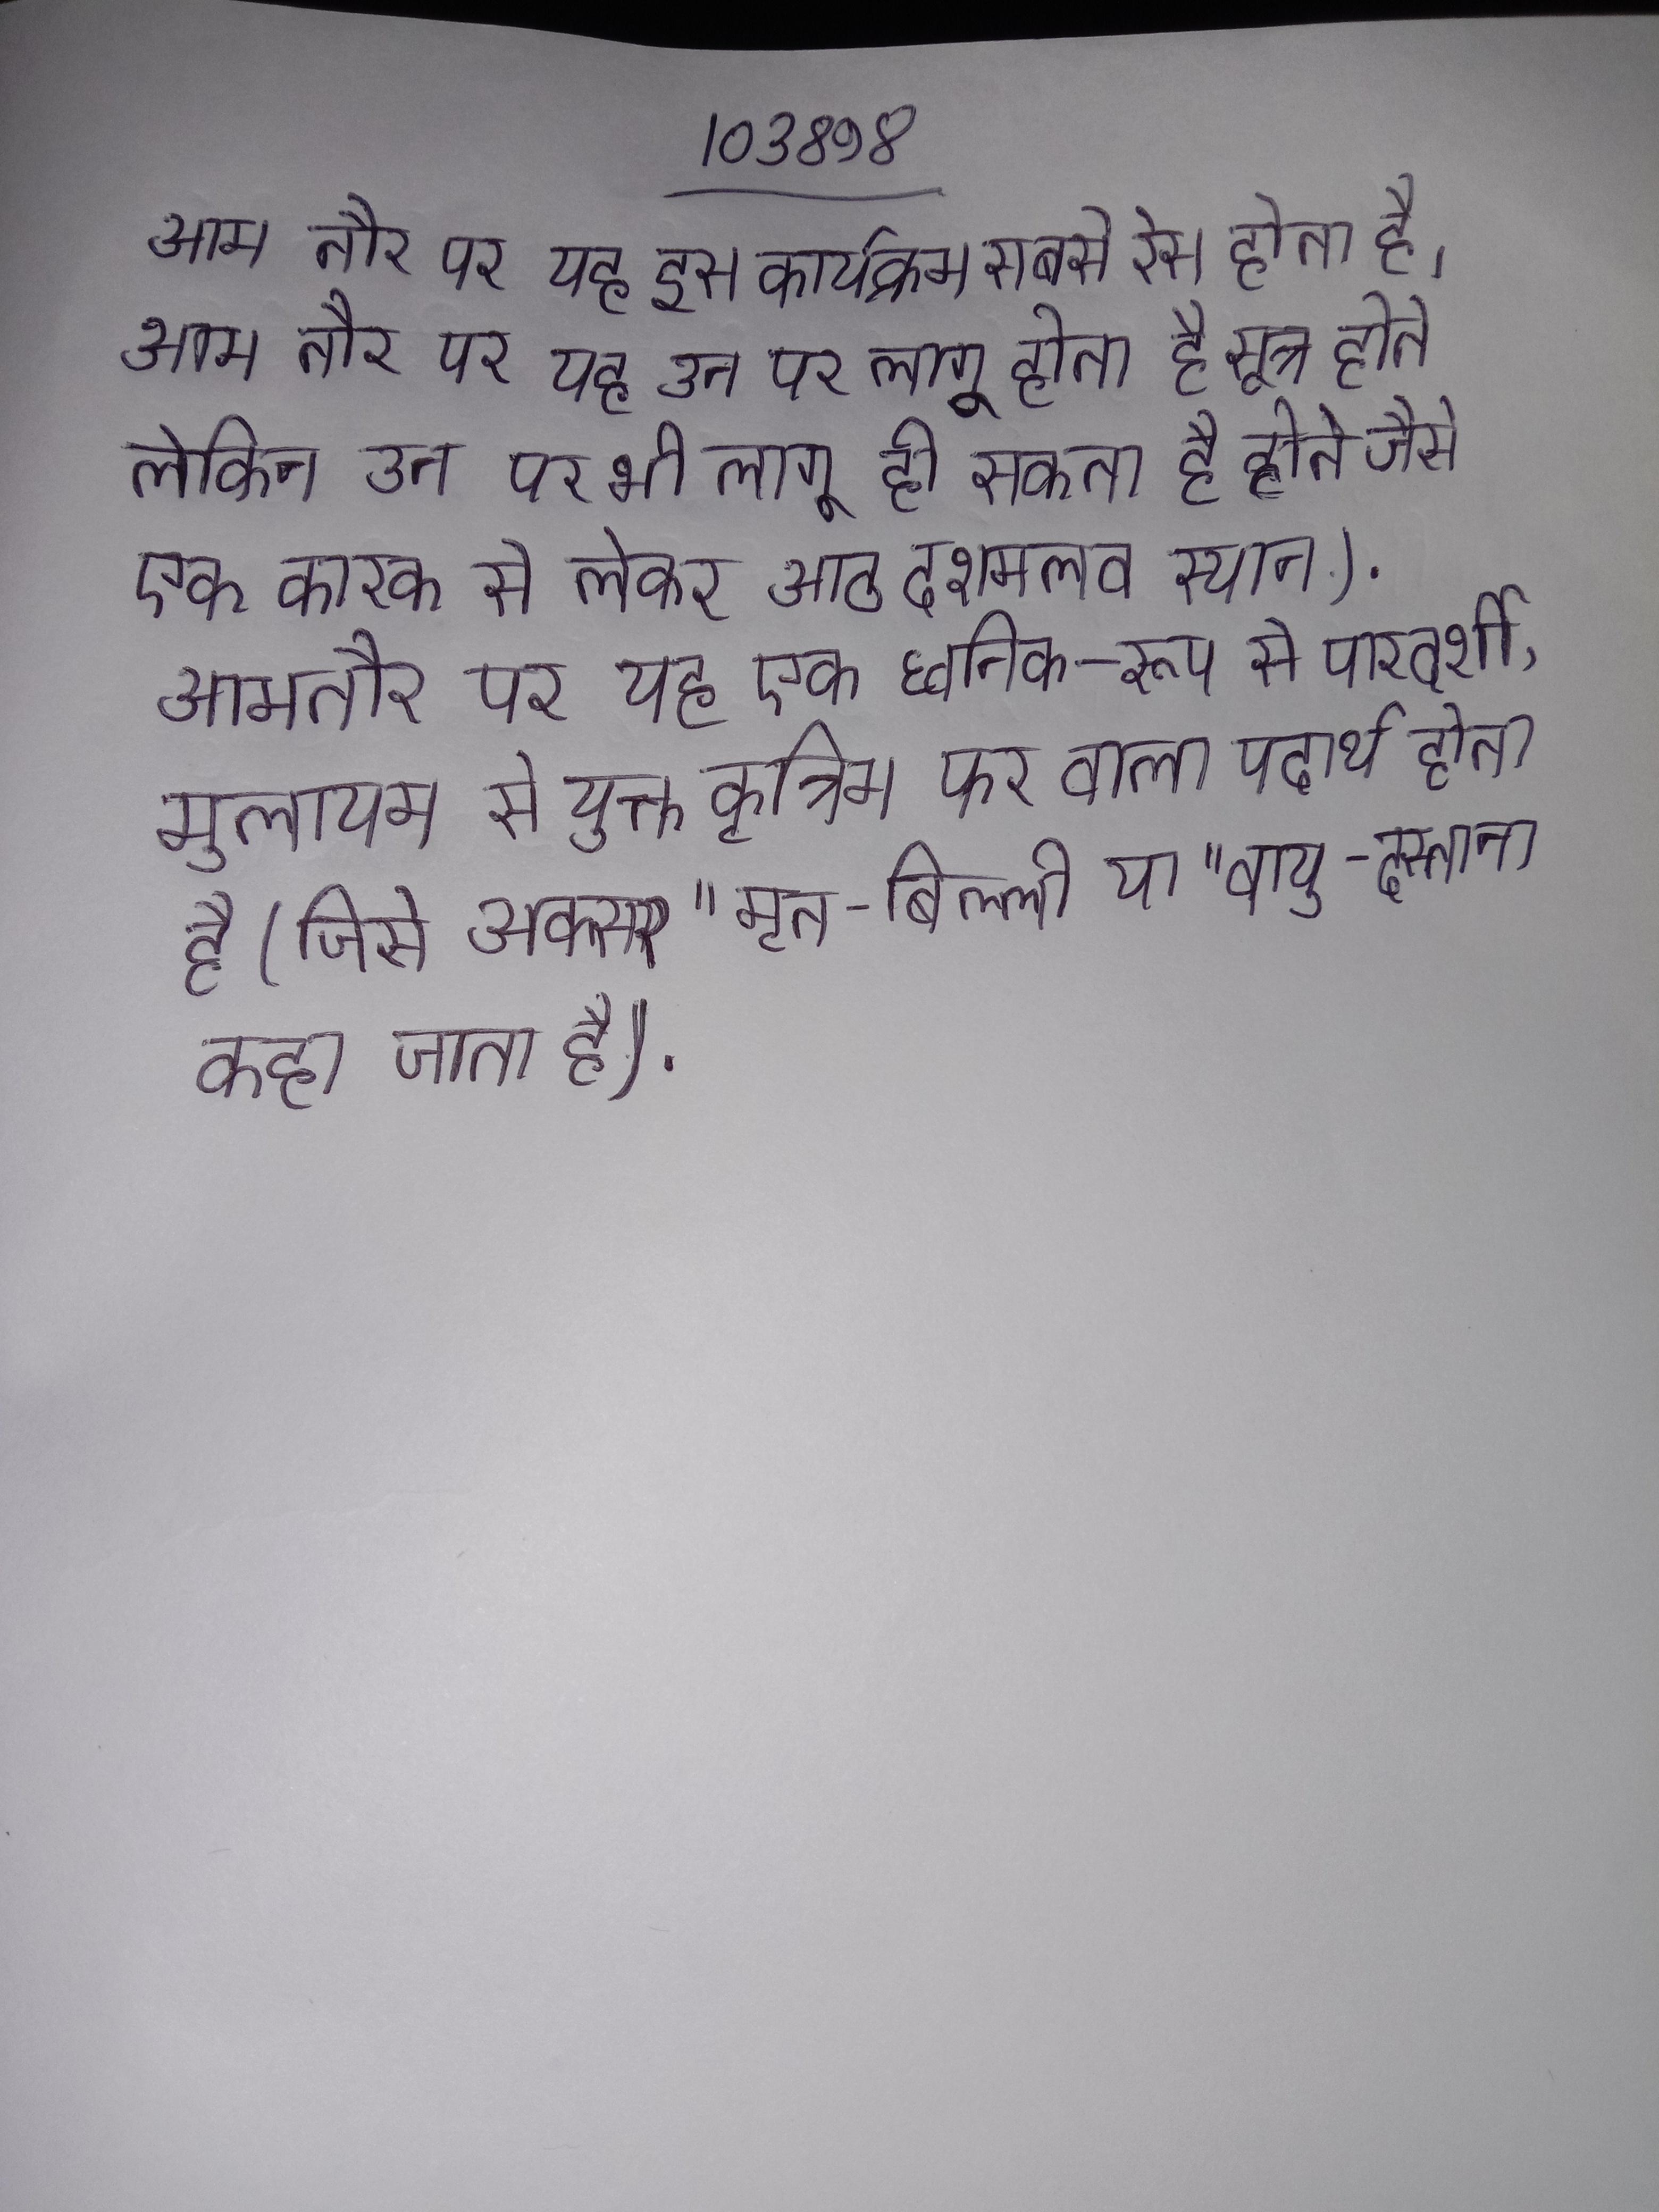
आम तौर पर यह इस कार्यक्रम सबसे रेस होता है । आम तौर पर यह उन पर लागू होता है सूत्र होते लेकिन उन पर भी लागू हो सकता है होते जैसे एक कारक से लेकर आठ दशमलव स्थान) . आमतौर पर यह एक ध्वनिक-रूप से पारदर्शी, मुलायम से युक्त कृत्रिम फर वाला पदार्थ होता है (जिसे अक्सर "मृत-बिल्ली या "वायु-दस्ताना कहा जाता है) .